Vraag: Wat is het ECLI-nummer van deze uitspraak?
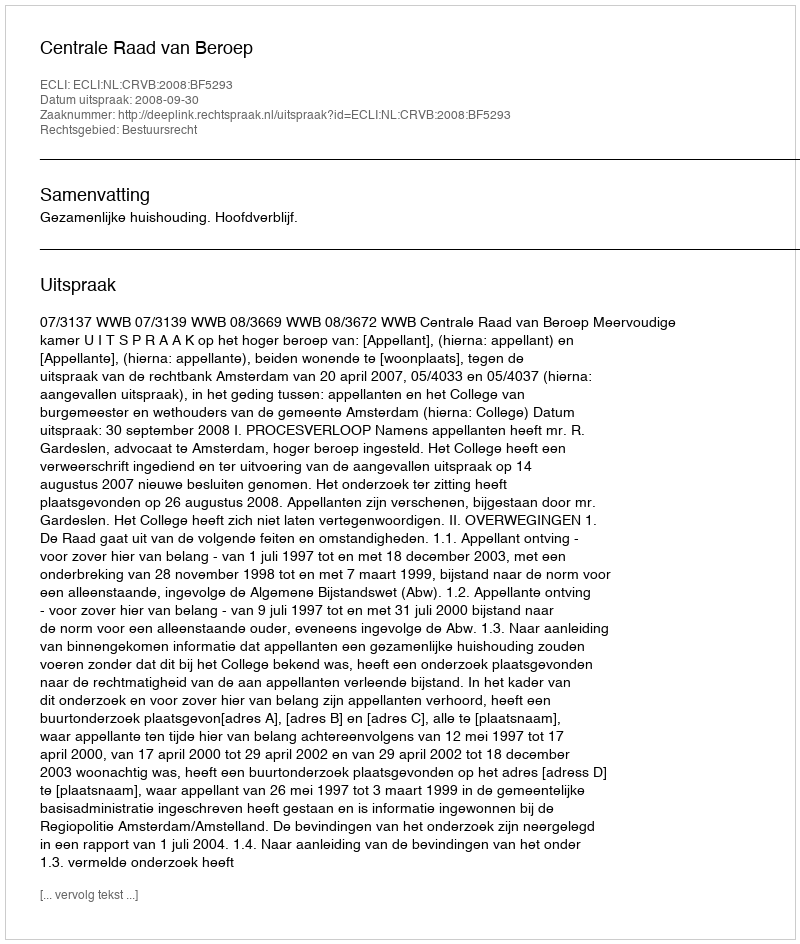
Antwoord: ECLI:NL:CRVB:2008:BF5293